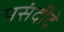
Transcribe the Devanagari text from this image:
पसंदीदे